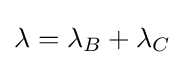
\lambda =\lambda _{B}+\lambda _{C}